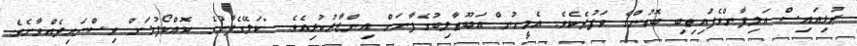
ރުޅިއައިސް އަލިފާންވެފައިތިބި ބޮޑުންގެ ވަފުދެކެވެ. އެމީހުން އަބޫޠާލިބުގެފާނަށް އިންޒާރުކުރިއެވެ. "ކަލޭގެފާނުގެ ކޮއްކޯފުޅަށް ވިސްނައިދެއްވާށެވެ.